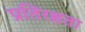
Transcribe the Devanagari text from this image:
प्रतिरक्षता